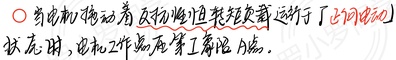
\textcircled{2} 当电动机动着反抗性恒转矩负载，运行于正向电动状态时，电机工作点在第Ⅰ象限内。